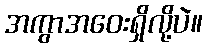
အကွာအဝေးရှိလို့ပဲ။